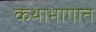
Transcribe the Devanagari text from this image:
कथाभागात